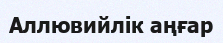
Аллювийлік аңғар